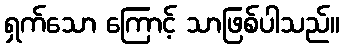
ရှက်သော ကြောင့် သာဖြစ်ပါသည်။